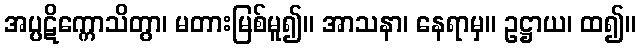
အပ္ပဋိက္ကောသိတွာ၊ မတားမြစ်မူ၍။ အာသနာ၊ နေရာမှ။ ဥဋ္ဌာယ၊ ထ၍။